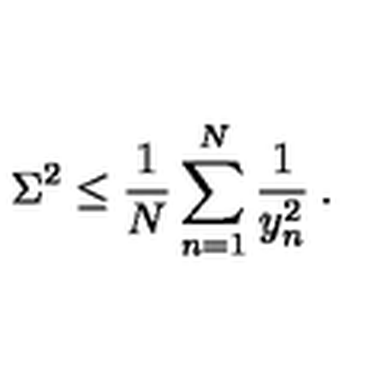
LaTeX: \Sigma ^ { 2 } \le \frac { 1 } { N } \sum _ { n = 1 } ^ { N } \frac { 1 } { y _ { n } ^ { 2 } } \: .